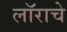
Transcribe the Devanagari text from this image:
लॉराचे